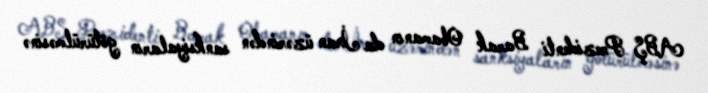
ABŞ Prezidenti Barak Obamanın da İran üzərindən sanksiyaların götürülməsinə